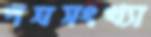
পত্রসংখ্যা